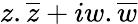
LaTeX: z.{\overline{{z}}}+iw.{\overline{{w}}}